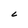
Character: C